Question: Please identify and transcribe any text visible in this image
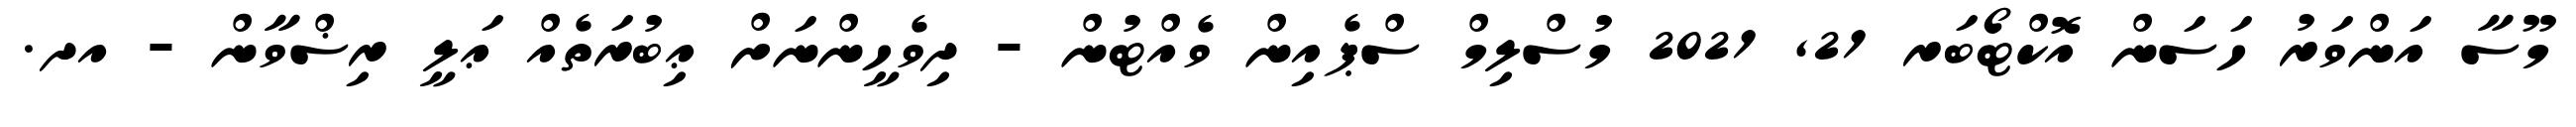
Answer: މޫސާ އަންވަރު ހަސަން އޮކްޓޯބަރ 21, 2021 މުސްލިމް ސްޕެއިން ވެއްޓުން - ދިވެހީންނަށް ޢިބުރަތެއް ޢަލީ ރިޟްވާން - އދ.